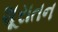
શૂરાતન